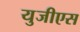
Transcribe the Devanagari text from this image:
युजीएस